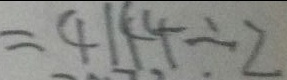
= 4 1 4 4 \div 2